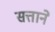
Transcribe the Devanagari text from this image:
सत्ताने